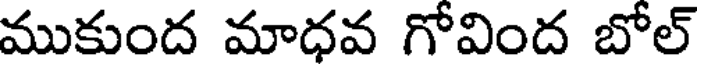
ముకుంద మాధవ గోవింద బోల్